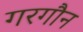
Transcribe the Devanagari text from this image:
गरगौन